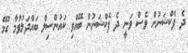
ދެ ފެކްޝަނުން ވެސް ވަނީ ދެ ފެކްޝަނުން ބޭއްވި ކައުންސިލް ބައްދަލުވުމާ ގުޅޭ